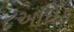
૮અધિક